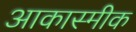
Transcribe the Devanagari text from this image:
आकास्मीक